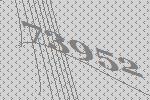
73952